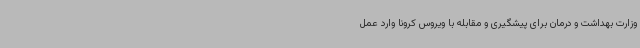
وزارت بهداشت و درمان برای پیشگیری و مقابله با ویروس کرونا وارد عمل